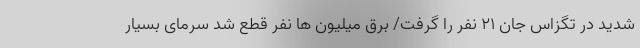
شدید در تگزاس جان ۲۱ نفر را گرفت/ برق میلیون ها نفر قطع شد سرمای بسیار